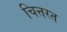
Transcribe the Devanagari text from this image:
चित्तरत